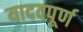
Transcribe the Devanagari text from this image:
यादवपूर्ण